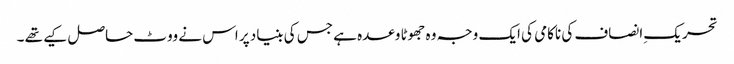
تحریک ِانصاف کی ناکامی کی ایک وجہ وہ جھوٹا وعدہ ہے جس کی بنیاد پر اس نے ووٹ حاصل کیے تھے ۔